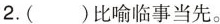
2.( )比喻临事当先。